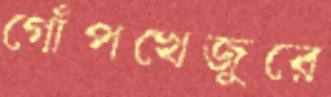
গোঁপখেজুরে